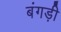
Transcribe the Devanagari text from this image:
बंगड़ी